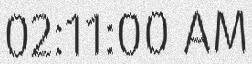
02:11:00 AM